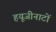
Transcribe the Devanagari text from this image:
हयूजीनाटों